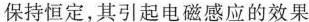
保持恒定，其引起电磁感应的效果